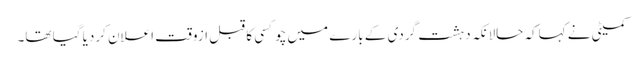
کمیٹی نے کہاکہ حالانکہ دہشت گردی کے بارے میں چوکسی کا قبل ازوقت اعلان کردیا گیا تھا۔